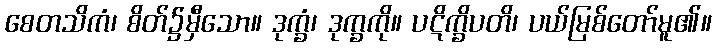
စေတသိကံ၊ စိတ်၌မှီသော။ ဒုက္ခံ၊ ဒုက္ခကို။ ပဋိက္ခိပတိ၊ ပယ်မြစ်တော်မူ၏။